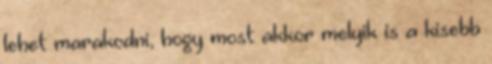
lehet marakodni, hogy most akkor melyik is a kisebb